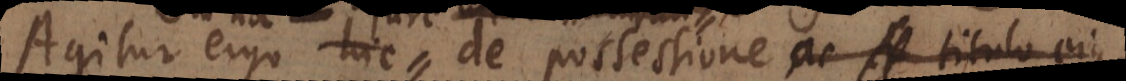
Agitur ergo hic de possessione ac titul